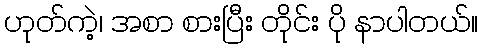
ဟုတ်ကဲ့၊ အစာ စားပြီး တိုင်း ပို နာပါတယ်။